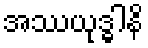
အဿယုဒ္ဓါနိ